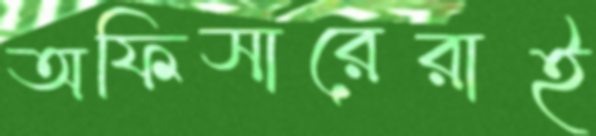
অফিসারেরাই